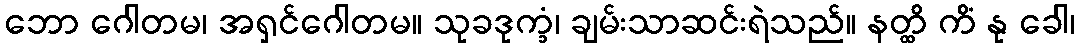
ဘော ဂေါတမ၊ အရှင်ဂေါတမ။ သုခဒုက္ခံ၊ ချမ်းသာဆင်းရဲသည်။ နတ္ထိ ကိံ နု ခေါ၊